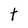
Character: t